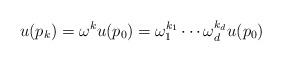
LaTeX: \begin{align*}u(p_k) = \omega^k u(p_0) = \omega_1^{k_1}\cdots \omega_d^{k_d}u(p_0)\end{align*}